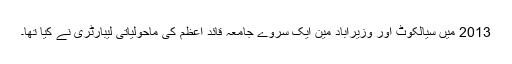
2013 میں سیالکوٹ اور وزیرآباد مین ایک سروے جامعہ قائدِ اعظم کی ماحولیاتی لیبارٹری نے کیا تھا۔